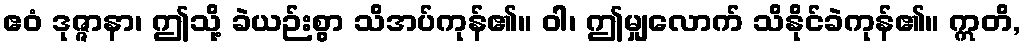
ဧဝံ ဒုဇ္ဇာနာ၊ ဤသို့ ခဲယဉ်းစွာ သိအပ်ကုန်၏။ ဝါ၊ ဤမျှလောက် သိနိုင်ခဲကုန်၏။ ဣတိ,